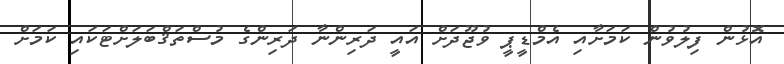
އޮޅުން ފިލުވުން ކަމަށާއި އެމްޑީޕީ ވުޖޫދަށް އައީ ދަރިންނާ ދަރިންގެ މުސްތަޤްބަލަށްޓަކައި ކަމަށް